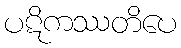
ပဋိကဿတိပေ